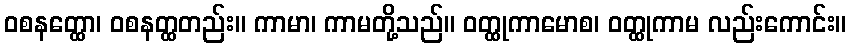
ဝစနတ္ထော၊ ဝစနတ္ထတည်း။ ကာမာ၊ ကာမတို့သည်။ ဝတ္ထုကာမောစ၊ ဝတ္ထုကာမ လည်းကောင်း။